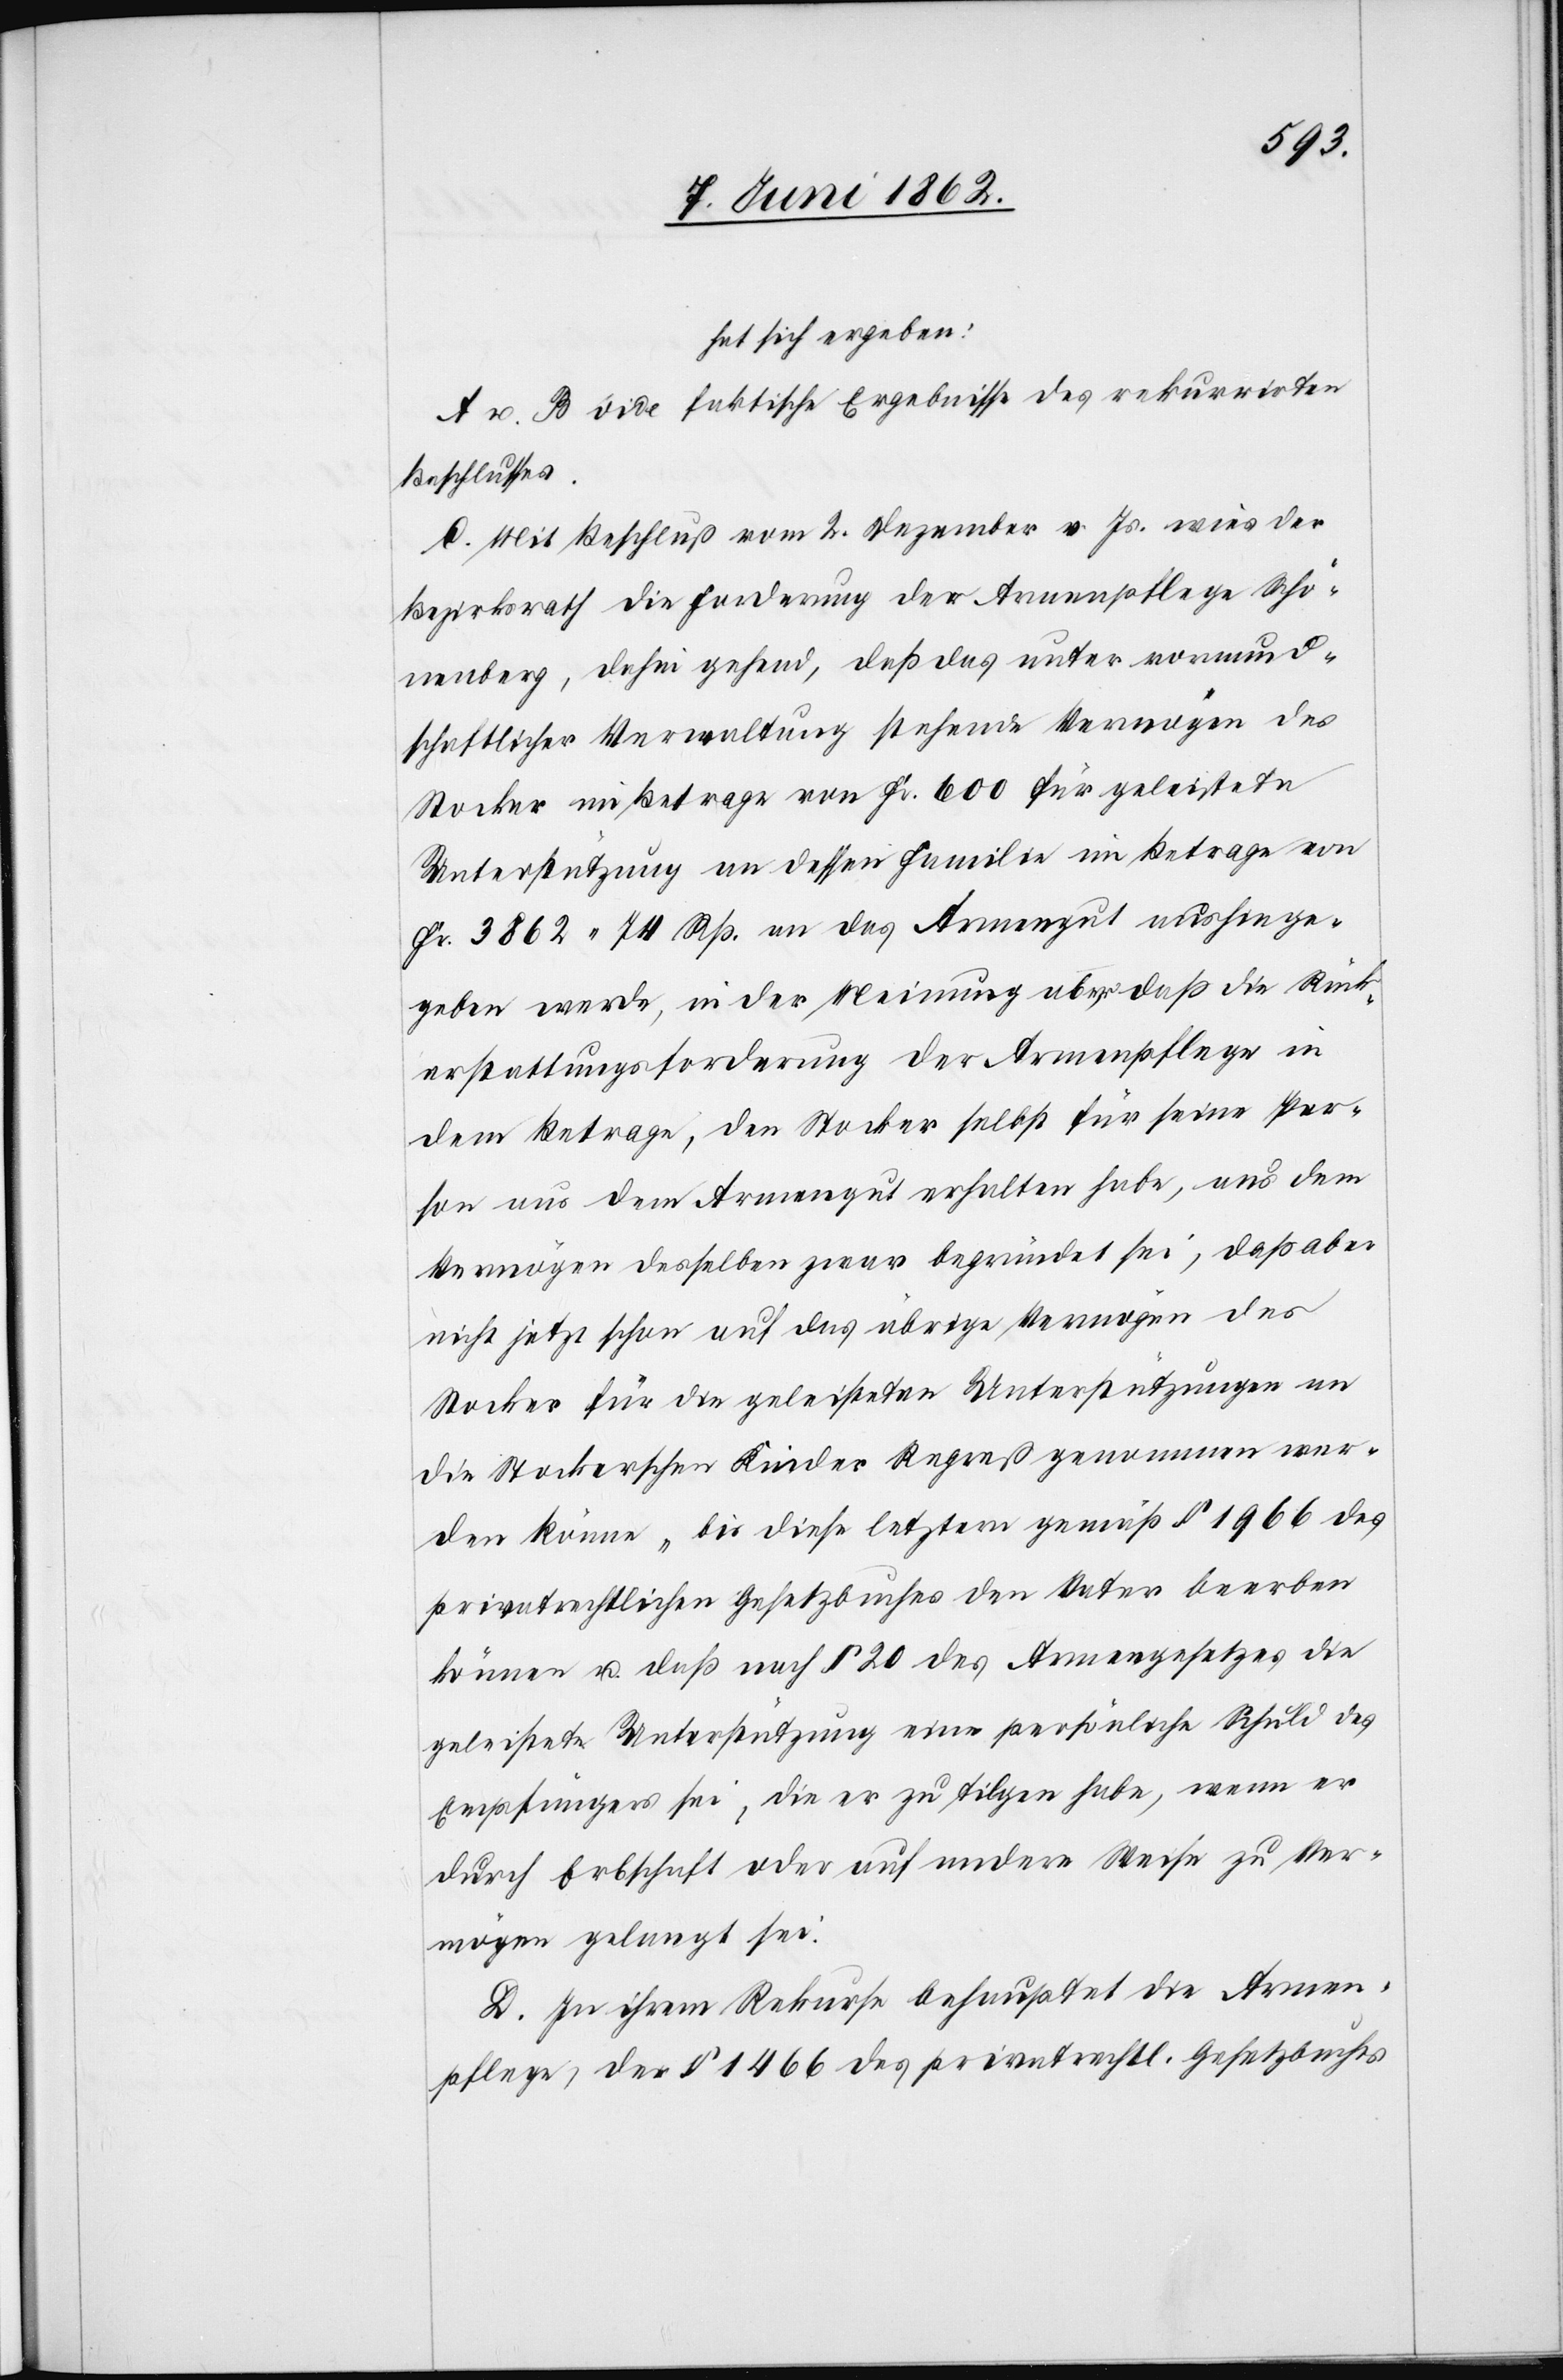
hat sich ergeben:
A. u. B. vide faktische Ergebnisse des rekurrirten
Beschlusses.
C. Mit Beschluß vom 2. Dezember v. Js. wies der
Bezirksrath die Forderung der Armenpflege Schö¬
nenberg, dahin gehend, daß das unter vormund¬
schaftlicher Verwaltung stehende Vermögen des
Stocker im Betrage von Fr. 600 für geleistete
Unterstützung von dessen Familie im Betrage von
Fr. 3862 74 Rp. an das Armengut aushinge¬
geben werde, in der Meinung aber daß die Rück¬
erstattungsforderung der Armenpflege in
dem Betrage, den Stocker selbst für seine Per¬
son aus dem Armengut erhalten habe, aus dem
Vermögen desselben zwar begründet sei, daß aber
nicht jetzt schon auf das übrige Vermögen des
Stocker für die geleisteten Unterstützungen an
die Stockerschen Kinder Repreß genommen wer¬
den könne, bis diese letztern gemäß § 1966 des
privatrechtlichen Gesetzbuches den Vater beerben
können u. daß nach § 20 des Armengesetzes die
geleistete Unterstützung eine persönliche Schuld des
Empfängers sei, die er zu tilgen habe, wenn er
durch Erbschaft oder auf andere Weise zu Ver¬
mögen gelangt sei.
D. In ihrem Rekurse behauptet die Armen¬
pflege, der § 1466 des privatrechtl. Gesetzbuches